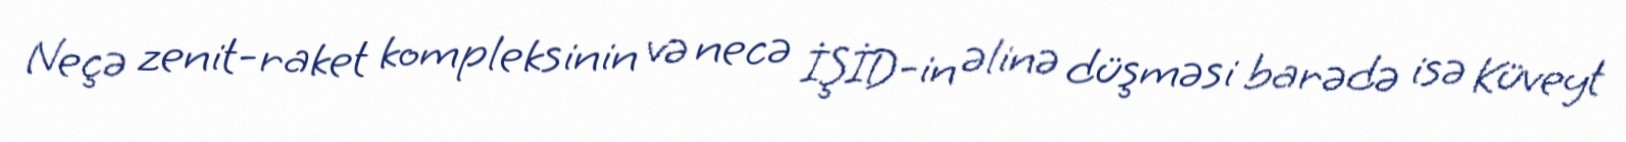
Neçə zenit-raket kompleksinin və necə İŞİD-in əlinə düşməsi barədə isə Küveyt